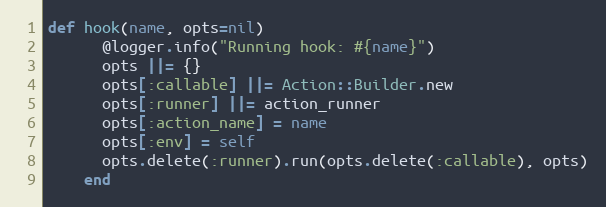
Language: Ruby
def hook(name, opts=nil)
      @logger.info("Running hook: #{name}")
      opts ||= {}
      opts[:callable] ||= Action::Builder.new
      opts[:runner] ||= action_runner
      opts[:action_name] = name
      opts[:env] = self
      opts.delete(:runner).run(opts.delete(:callable), opts)
    end